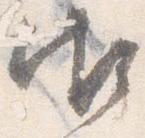
御